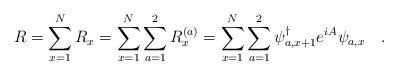
LaTeX: \begin{align*}R=\sum_{x=1}^{N}R_{x}=\sum_{x=1}^{N}\sum_{a=1}^{2}R_{x}^{(a)}= \sum_{x=1}^{N} \sum_{a=1}^2 \psi_{a,x+1}^{\dag}e^{iA}\psi_{a,x}\quad .\end{align*}